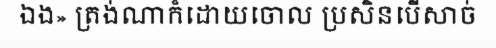
ឯង» ត្រង់ណាក៏ដោយចោល ប្រសិនបើសាច់